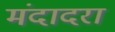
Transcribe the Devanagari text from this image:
मंदादरा